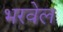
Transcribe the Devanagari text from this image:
भरवेल